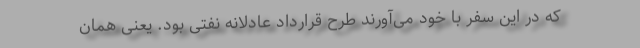
که در این سفر با خود می‌آورند طرح قرارداد عادلانه نفتی بود. یعنی همان